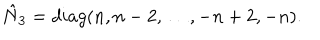
\hat { N } _ { 3 } = d i a g ( n , n - 2 , \ldots , - n + 2 , - n ) .